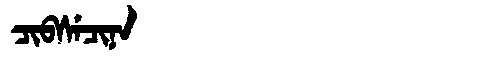
Manchu: ᠴᡳᠪᠰᡝᠴᡳᠨᠠ
Romanization: CIBSECINA